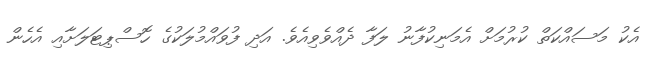
އެކު މަސައްކަތް ކުރުމަށް އެމަނިކުފާނު ލަފާ ދެއްވެވިއެވެ. އަދި ފުވައްމުލަކުގެ ހޮސްޕިޓަލަށާއި އެހެން